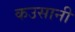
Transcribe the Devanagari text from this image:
कउसानी